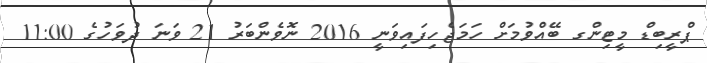
ޕްރީބިޑް މީޓިންގ ބޭއްވުމަށް ހަމަޖެހިފައިވަނީ 2016 ނޮވެންބަރު 21 ވަނަ ދުވަހުގެ 11:00